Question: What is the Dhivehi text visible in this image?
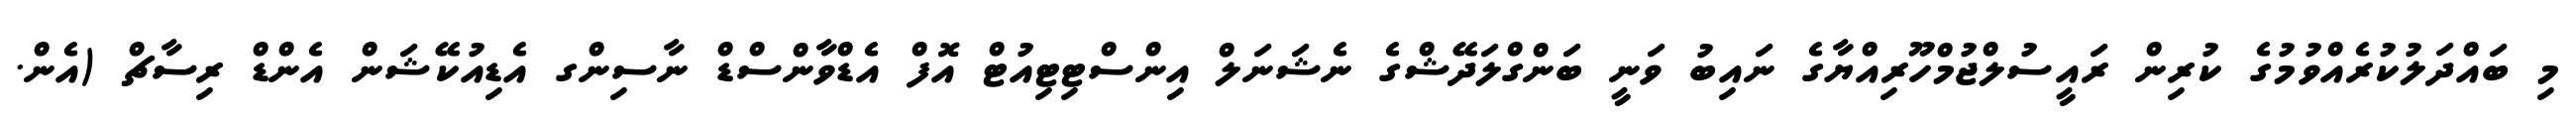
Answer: މި ބައްދަލުކުރެއްވުމުގެ ކުރިން ރައީސުލްޖުމްހޫރިއްޔާގެ ނައިބު ވަނީ ބަންގްލަދޭޝްގެ ނެޝަނަލް އިންސްޓިޓިއުޓް އޮފް އެޑްވާންސްޑް ނާސިންގ އެޑިއުކޭޝަން އެންޑް ރިސާޗް (އެން.